Madras plague regulations in force outside the Presidency town - Volume 2
Disease focus: Plague
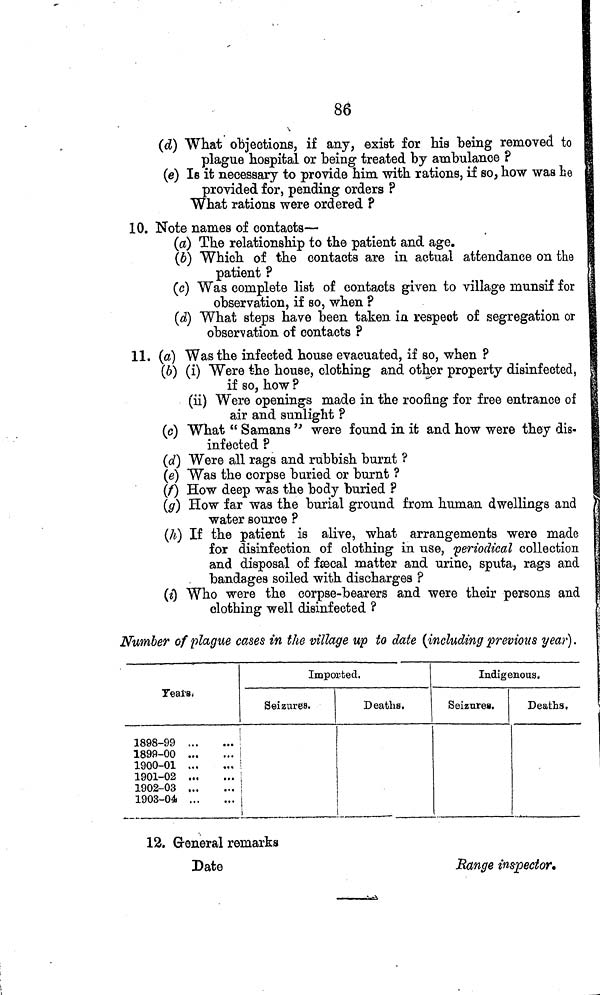
86
(d) What objections, if any, exist for his being removed to
plague hospital or being treated by ambulance ?
(e) IB it necessary to provide him with rations, if so, how was he
provided for, pending orders ?
What rations were ordered ?
10. Note names of contacts—
(a) The relationship to the patient and age.
(b) Which of the contacts are in actual attendance on the
patient ?
(c) Was complete list of contacts given to village munsif for
observation, if so, when ?
(d) What steps have been taken m respect of segregation or
observation of contacts ?
11. (a) Was the infected house evacuated, if so, when ?
(6) (i) Were the house, clothing and other property disinfected,
if so, how ?
(ii) Were openings made in the roofing for free entrance of
air and sunlight ?
(c) What " Samans were found in it and how were they dis-
infected ?
(d) Were all rags and rubbish burnt ?
(e) Was the corpse buried or burnt ?
(f) How deep was the body buried ?
(g) How far was the burial ground from human dwellings and
water source ?
(7¿) If the patient is alive, what arrangements were made
for disinfection of clothing in use, periodical collection
and disposal of faecal matter and urine, sputa, rags and
bandages soiled with discharges ?
(i) Who were the corpse-bearers and were their persons and
clothing well disinfected ?
Number of plague cases in the village up to date (including previous year].
Years.
1898-99 .
1899-00 .
1900-01 ,
1901-02 .
1902-03 .
1903-04 .
Imported.
Seizures.
Deaths.
Indigenous.
Seizures.
Deaths,
12. General remarks
Date
Range inspector.